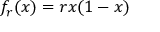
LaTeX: f _ { r } ( x ) = r x ( 1 - x )